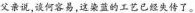
父亲说，谈何容易，这染蓝的工艺已经失传了。